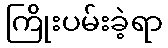
ကြိုးပမ်းခဲ့ရာ